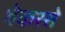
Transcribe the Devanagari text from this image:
थेकरसे